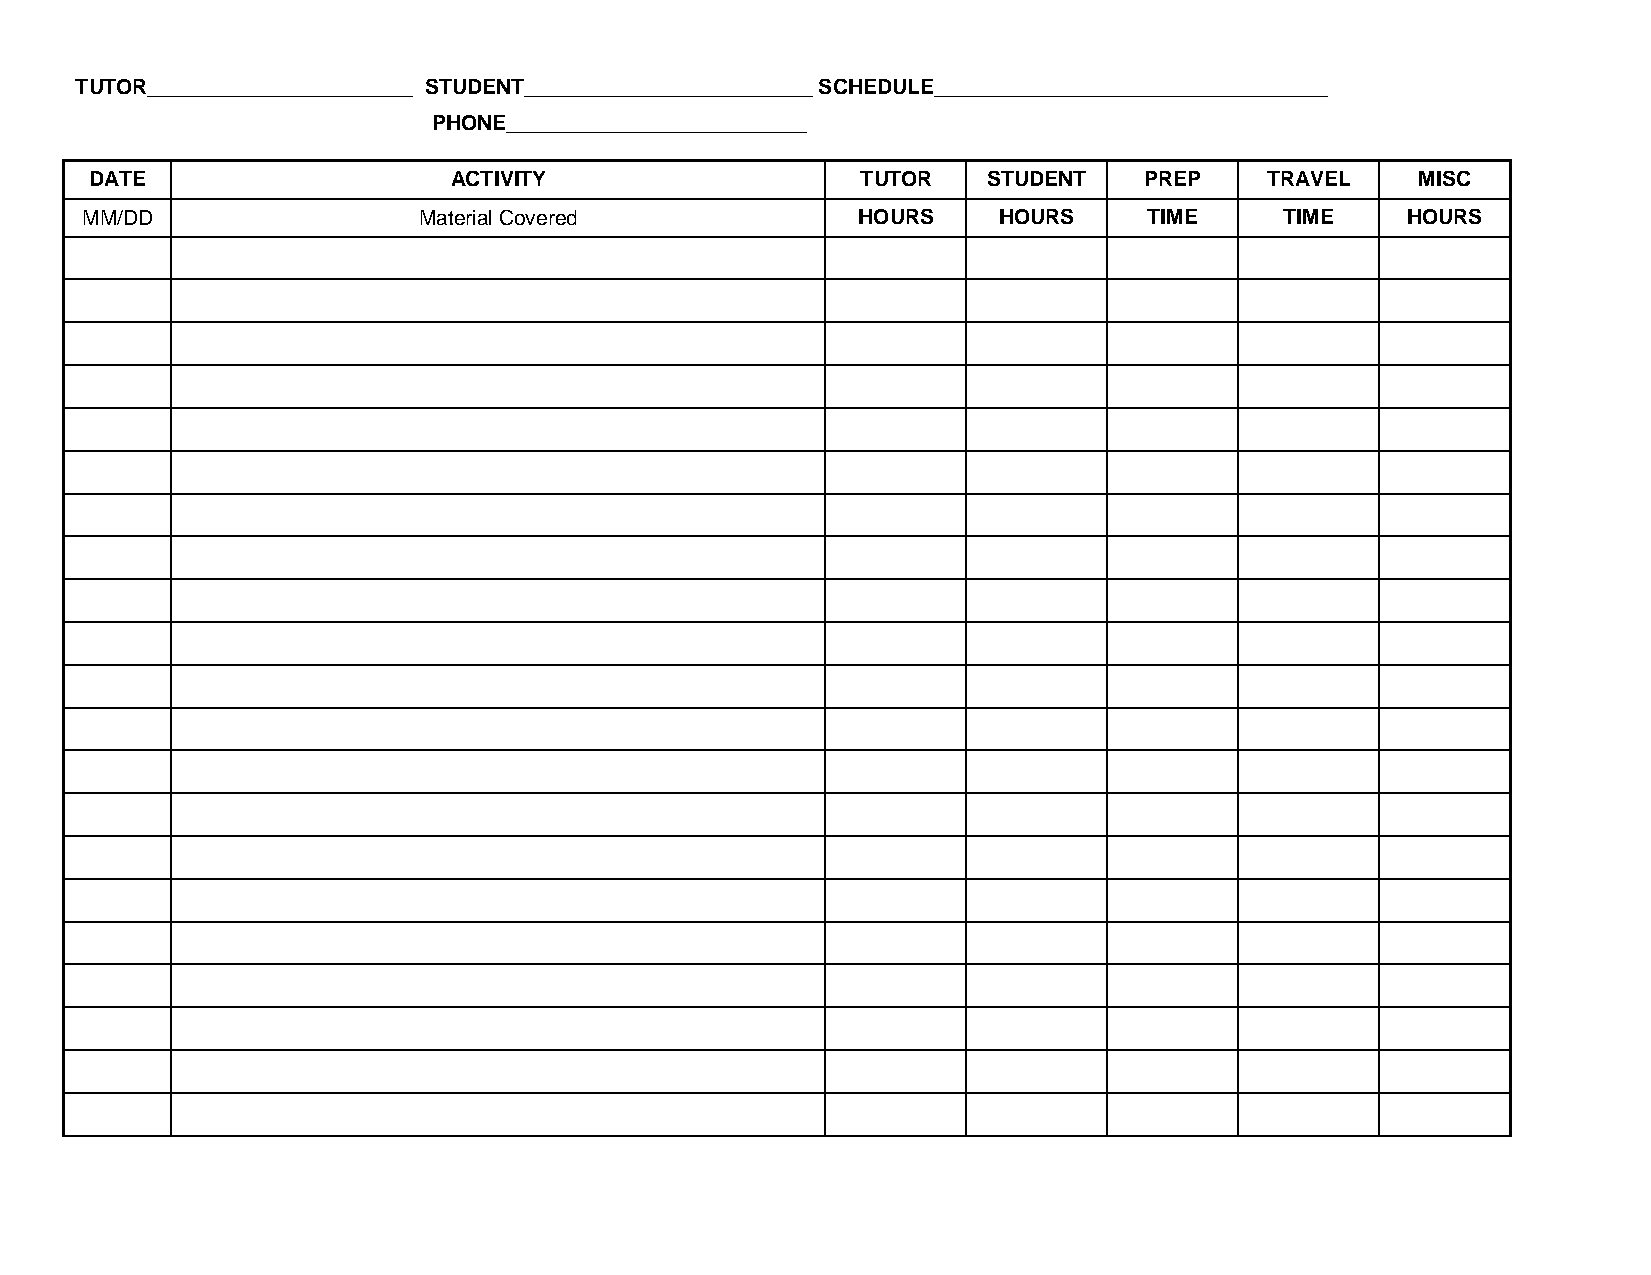
TUTOR_______________________ STUDENT_________________________ SCHEDULE__________________________________
 PHONE__________________________
 DATE                    ACTIVITY                   TUTOR   STUDENT    PREP    TRAVEL    MISC
 MM/DD                  Material Covered             HOURS    HOURS     TIME     TIME    HOURS